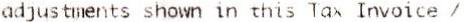
ADJUSTMENTS SHOWN IN THIS TAX INVOICE /